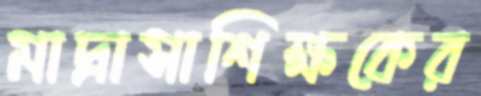
মাদ্রাসাশিক্ষকের